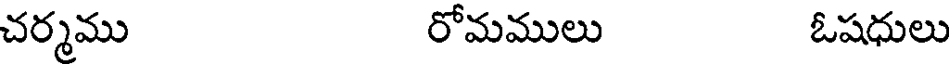
చర్మము రోమములు ఓషధులు